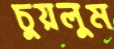
চুয়লুম